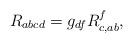
LaTeX: \begin{align*}R_{abcd}=g_{df}R^{f}_{c,ab},\end{align*}